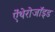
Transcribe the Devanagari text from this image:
ऐंथेरोजॉइड